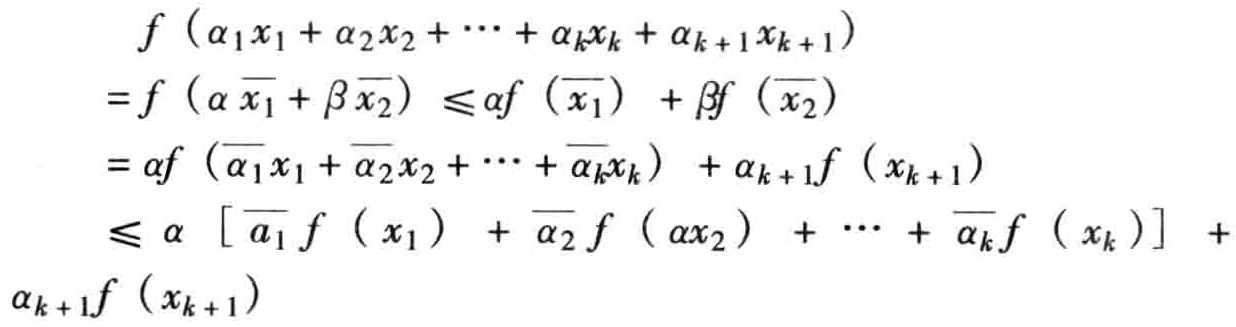
\[

\begin{align*}

&f\left(\alpha_1 x_1+\alpha_2 x_2+\cdots+\alpha_k x_k+\alpha_{k + 1}x_{k + 1}\right)\\

=&f\left(\alpha\overline{x_1}+\beta\overline{x_2}\right)\leq\alpha f\left(\overline{x_1}\right)+\beta f\left(\overline{x_2}\right)\\

=&\alpha f\left(\overline{\alpha_1}x_1+\overline{\alpha_2}x_2+\cdots+\overline{\alpha_k}x_k\right)+\alpha_{k + 1}f\left(x_{k + 1}\right)\\

\leq&\alpha\left[\overline{a_1}f\left(x_1\right)+\overline{\alpha_2}f\left(\alpha x_2\right)+\cdots+\overline{\alpha_k}f\left(x_k\right)\right]+\\

&\alpha_{k + 1}f\left(x_{k + 1}\right)

\end{align*}

\]